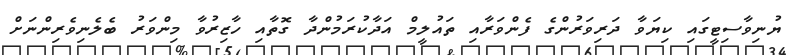
ޔުނިވާސިޓީގައި ކިޔަވާ ދަރިވަރުންގެ ފެންވަރާއި ތައުލީމް އަދާކުރަމުންދާ ގޮތާއި ހާޒިރުވާ މިންވަރު ބެލެނިވެރިންނަށް